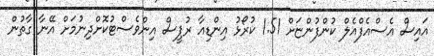
އައިސް އެސްއެފްއެލް ކުންފުންޏަށް 1.51 ކުރޯޅު އިންޑިއާ ރުޕީސް އިންވެސްޓުކޮށްދިނުމަށް އޭނާ ގާތުން